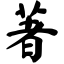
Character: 著